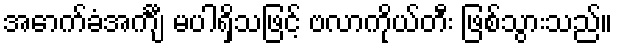
အောက်ခံအင်္ကျီ မပါရှိသဖြင့် ဗလာကိုယ်တီး ဖြစ်သွားသည်။